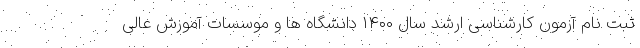
ثبت نام آزمون کارشناسی ارشد سال ۱۴۰۰ دانشگاه ها و موسسات آموزش عالی